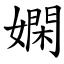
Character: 嫻